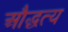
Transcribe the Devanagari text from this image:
औद्धत्य